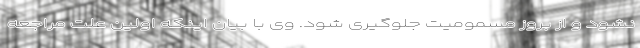
نشود و از بروز مسمومیت جلوگیری شود. وی با بیان اینکه اولین علت مراجعه